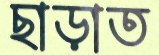
ছাড়াত